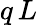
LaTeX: q\, L